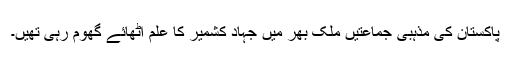
پاکستان کی مذہبی جماعتیں ملک بھر میں جہادِ کشمیر کا علم اٹھائے گھوم رہی تھیں۔